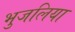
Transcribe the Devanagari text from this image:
भुजलिया